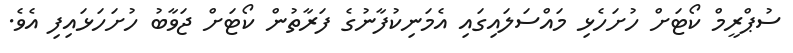
ސުޕްރީމް ކޯޓަށް ހުށަހެޅި މައްސަލައިގައި އެމަނިކުފާނުގެ ފަރާތުން ކޯޓަށް ޖަވާބު ހުށަހަޅައިފި އެވެ.